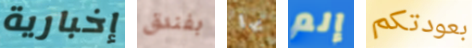
إخبارية بفندق بها إلم بعودتكم